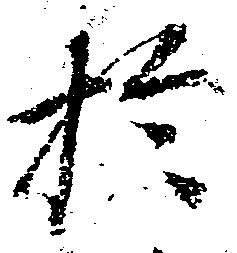
於